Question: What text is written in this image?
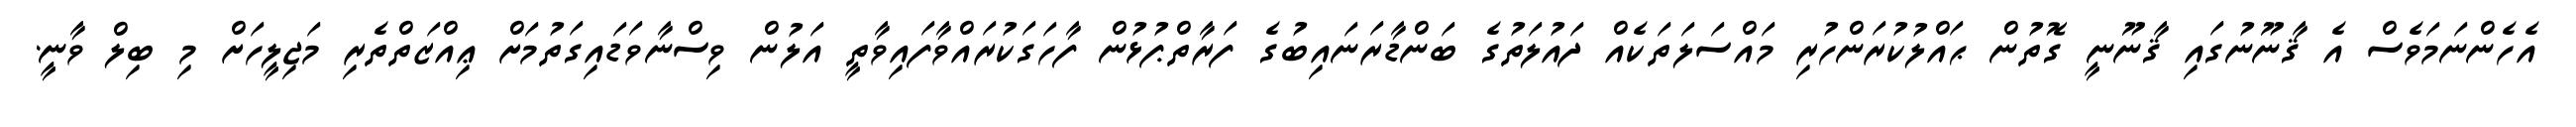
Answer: އެހެންނަމަވެސް އެ ޤާނޫނުގައި ޤާނޫނީ ގޮތުން ޙައްލުކުރަންހުރި މައްސަލަތަކެއް ދައުލަތުގެ ބަންޑާރަނައިބުގެ ފަރާތްޕުޅުން ފާހަގަކުރައްވާފައިވާތީ އަލުން ވިސްނާވަޑައިގަތުމަށް ޢިއްޒަތްތެރި މަޖިލީހަށް މި ބިލް ވާނީ.